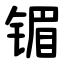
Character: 镅